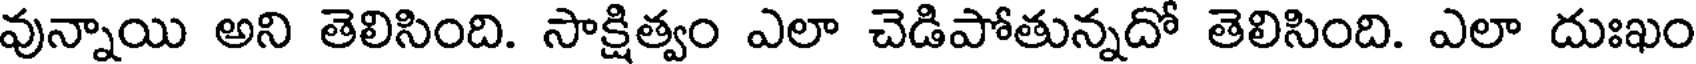
వున్నాయి అని తెలిసింది. సాక్షిత్వం ఎలా చెడిపోతున్నదో తెలిసింది. ఎలా దుఃఖం